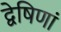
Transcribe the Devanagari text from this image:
द्वेषिणां